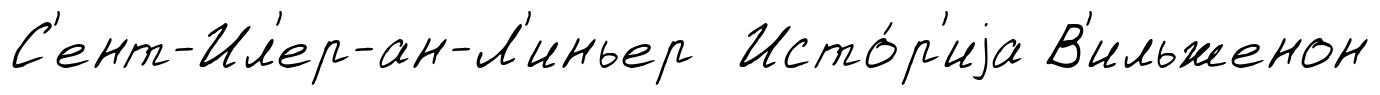
С'ент-Ил'ер-ан-Л'иньер Исто́р'иjа В'ильженон